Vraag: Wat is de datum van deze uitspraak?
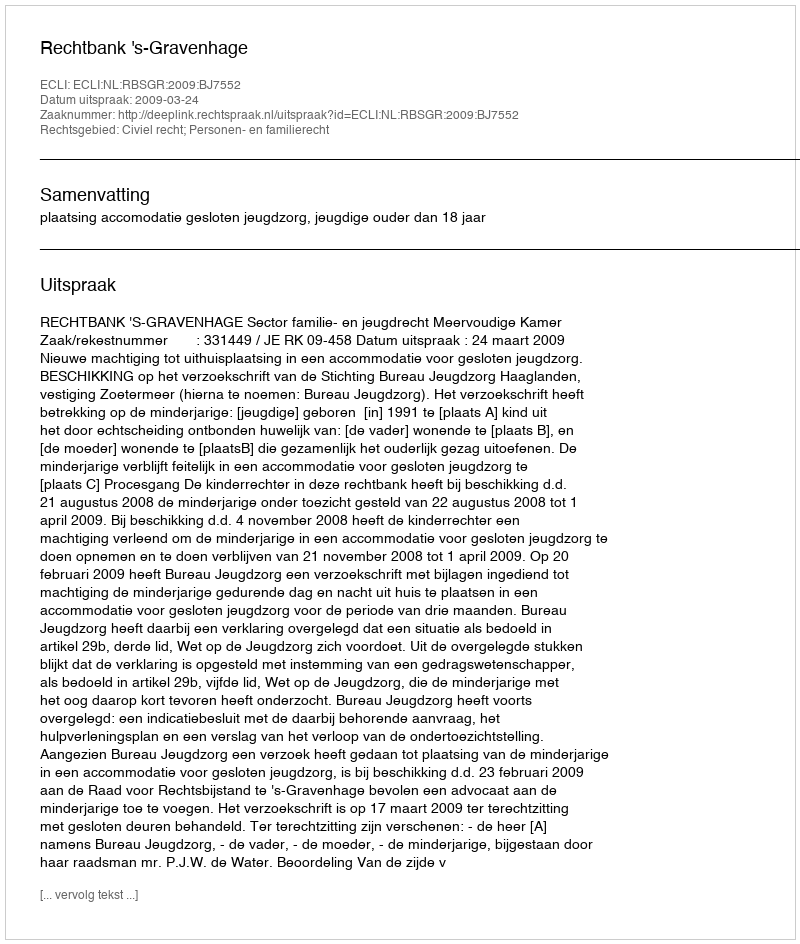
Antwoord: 2009-03-24